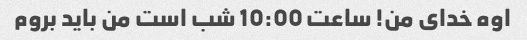
اوه خدای من! ساعت 10:00 شب است من باید بروم